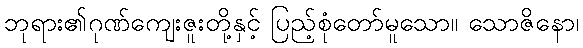
ဘုရား၏ဂုဏ်ကျေးဇူးတို့နှင့် ပြည့်စုံတော်မူသော။ သောဇိနော၊